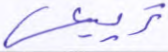
تربيعي